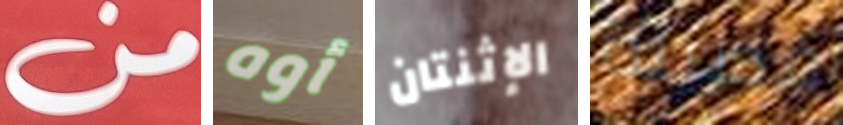
من أوه الإثنتان فصيلة